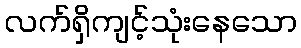
လက်ရှိကျင့်သုံးနေသော